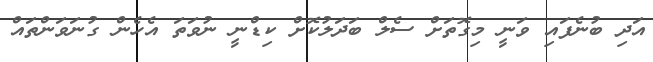
އަދި ބުނެފައި ވަނީ މިގޮތަށް ސެލް ބަދަލުކޮށް ކިޑްނީ ނުވަތަ އެހެން ގުނަވަންތައް